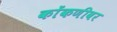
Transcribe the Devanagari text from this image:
कोंकणीवर